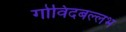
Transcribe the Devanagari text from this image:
गोविंदबल्लभ